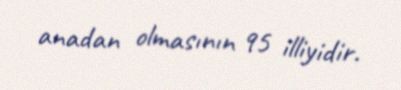
anadan olmasının 95 illiyidir.